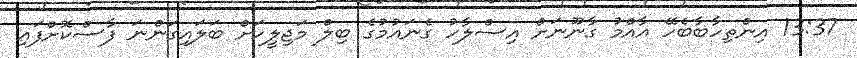
13:37 އިންތިހާބާބެހޭ އާއްމު ގާނޫނަށް އިސްލާހު ގެނައުމުގެ ބިލް މަޖިލީހަށް ބަލައިގަންނަ ފާސްކޮށްފައި